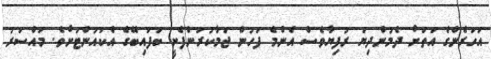
އަހަރެންގެ އަތަށް ދެމުންދިޔަ ރުފިޔާވެސް އެންމެ ފަހުން ޖަމާކުރަންފެށީ ބަފައިބޭގެ އެކައުންޓަށެވެ. މައްސަރު